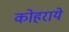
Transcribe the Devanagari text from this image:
कोहराये